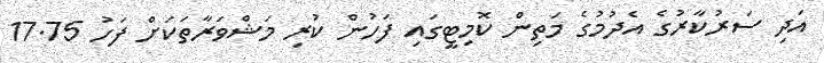
އަދި ސަރުކާރުގެ އެދުމުގެ މަތިން ކޮމިޓީގައި ފަހުން ކުރި މަޝްވަރާތަކަށް ފަހު 17.75